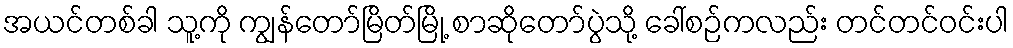
အယင်တစ်ခါ သူ့ကို ကျွန်တော်မြိတ်မြို့ စာဆိုတော်ပွဲသို့ ခေါ်စဉ်ကလည်း တင်တင်ဝင်းပါ